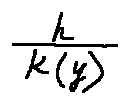
\frac { h } { k ( y ) }